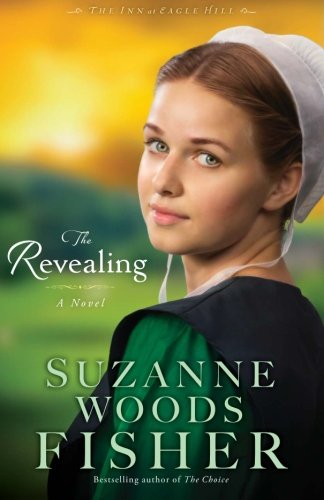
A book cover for The Revealing: A Novel (The Inn at Eagle Hill) (Volume 3); Suzanne Woods Fisher; Romance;